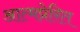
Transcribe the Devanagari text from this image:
आत्मप्रेरित